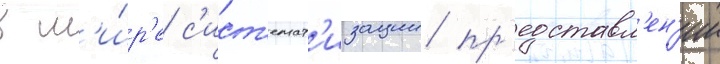
в м'и́р'е с'ист'емат'изации пр'едставл'ен'ии